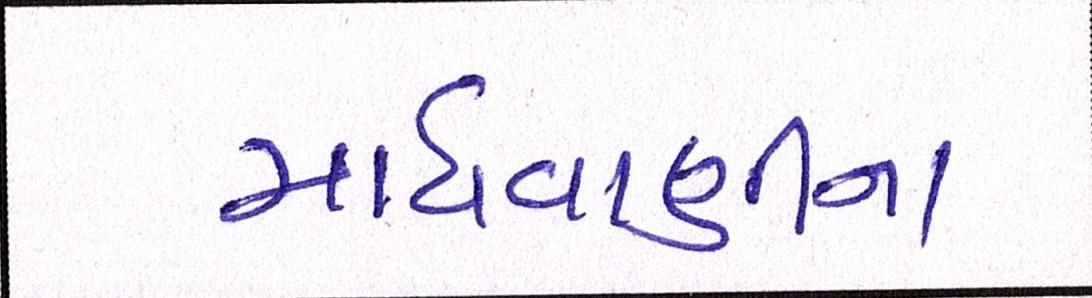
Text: માધવાણીના